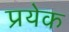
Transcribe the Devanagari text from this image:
प्रयेक